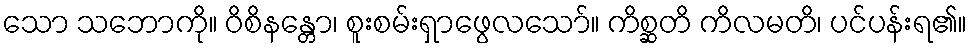
သော သဘောကို။ ဝိစိနန္တော၊ စူးစမ်းရှာဖွေလသော်။ ကိစ္ဆတိ ကိလမတိ၊ ပင်ပန်းရ၏။